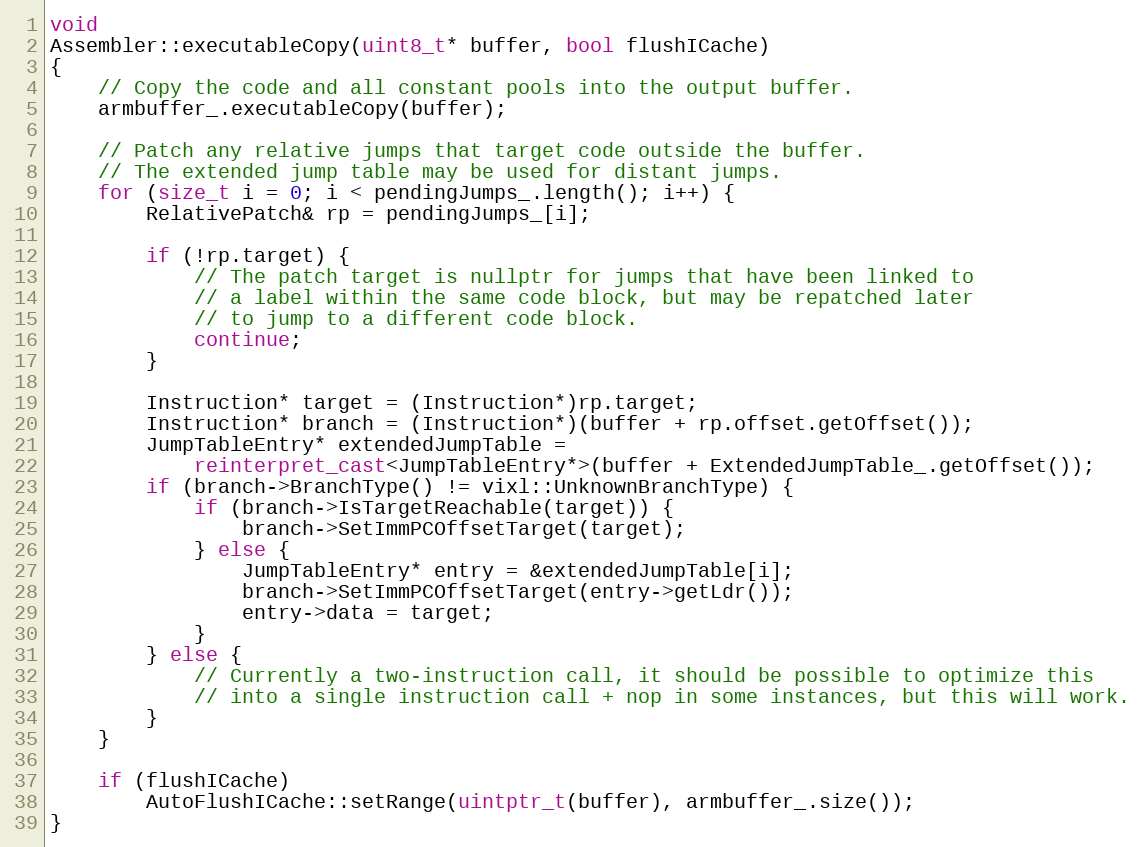
Language: C++
void
Assembler::executableCopy(uint8_t* buffer, bool flushICache)
{
    // Copy the code and all constant pools into the output buffer.
    armbuffer_.executableCopy(buffer);

    // Patch any relative jumps that target code outside the buffer.
    // The extended jump table may be used for distant jumps.
    for (size_t i = 0; i < pendingJumps_.length(); i++) {
        RelativePatch& rp = pendingJumps_[i];

        if (!rp.target) {
            // The patch target is nullptr for jumps that have been linked to
            // a label within the same code block, but may be repatched later
            // to jump to a different code block.
            continue;
        }

        Instruction* target = (Instruction*)rp.target;
        Instruction* branch = (Instruction*)(buffer + rp.offset.getOffset());
        JumpTableEntry* extendedJumpTable =
            reinterpret_cast<JumpTableEntry*>(buffer + ExtendedJumpTable_.getOffset());
        if (branch->BranchType() != vixl::UnknownBranchType) {
            if (branch->IsTargetReachable(target)) {
                branch->SetImmPCOffsetTarget(target);
            } else {
                JumpTableEntry* entry = &extendedJumpTable[i];
                branch->SetImmPCOffsetTarget(entry->getLdr());
                entry->data = target;
            }
        } else {
            // Currently a two-instruction call, it should be possible to optimize this
            // into a single instruction call + nop in some instances, but this will work.
        }
    }

    if (flushICache)
        AutoFlushICache::setRange(uintptr_t(buffer), armbuffer_.size());
}